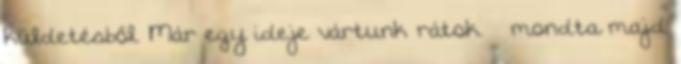
küldetésből. Már egy ideje vártunk rátok. – mondta majd